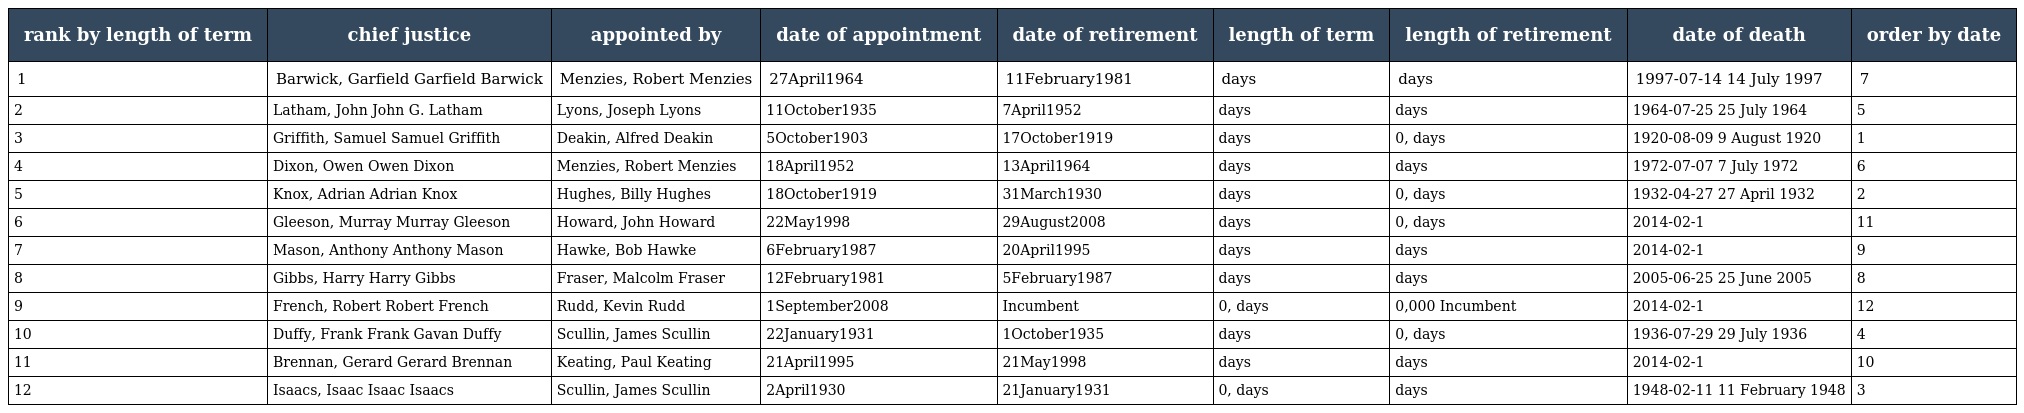
| rank by length of term | chief justice | appointed by | date of appointment | date of retirement | length of term | length of retirement | date of death | order by date |
 | --- | --- | --- | --- | --- | --- | --- | --- | --- |
 | 1 | Barwick, Garfield Garfield Barwick | Menzies, Robert Menzies | 27April1964 | 11February1981 | days | days | 1997-07-14 14 July 1997 | 7 |
 | 2 | Latham, John John G. Latham | Lyons, Joseph Lyons | 11October1935 | 7April1952 | days | days | 1964-07-25 25 July 1964 | 5 |
 | 3 | Griffith, Samuel Samuel Griffith | Deakin, Alfred Deakin | 5October1903 | 17October1919 | days | 0, days | 1920-08-09 9 August 1920 | 1 |
 | 4 | Dixon, Owen Owen Dixon | Menzies, Robert Menzies | 18April1952 | 13April1964 | days | days | 1972-07-07 7 July 1972 | 6 |
 | 5 | Knox, Adrian Adrian Knox | Hughes, Billy Hughes | 18October1919 | 31March1930 | days | 0, days | 1932-04-27 27 April 1932 | 2 |
 | 6 | Gleeson, Murray Murray Gleeson | Howard, John Howard | 22May1998 | 29August2008 | days | 0, days | 2014-02-1 | 11 |
 | 7 | Mason, Anthony Anthony Mason | Hawke, Bob Hawke | 6February1987 | 20April1995 | days | days | 2014-02-1 | 9 |
 | 8 | Gibbs, Harry Harry Gibbs | Fraser, Malcolm Fraser | 12February1981 | 5February1987 | days | days | 2005-06-25 25 June 2005 | 8 |
 | 9 | French, Robert Robert French | Rudd, Kevin Rudd | 1September2008 | Incumbent | 0, days | 0,000 Incumbent | 2014-02-1 | 12 |
 | 10 | Duffy, Frank Frank Gavan Duffy | Scullin, James Scullin | 22January1931 | 1October1935 | days | 0, days | 1936-07-29 29 July 1936 | 4 |
 | 11 | Brennan, Gerard Gerard Brennan | Keating, Paul Keating | 21April1995 | 21May1998 | days | days | 2014-02-1 | 10 |
 | 12 | Isaacs, Isaac Isaac Isaacs | Scullin, James Scullin | 2April1930 | 21January1931 | 0, days | days | 1948-02-11 11 February 1948 | 3 |